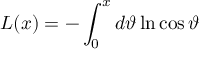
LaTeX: L ( x ) = - \int _ { 0 } ^ { x } d \vartheta \ln \cos \vartheta